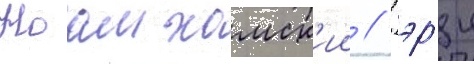
Ноам хомск'ии // Гэр'и